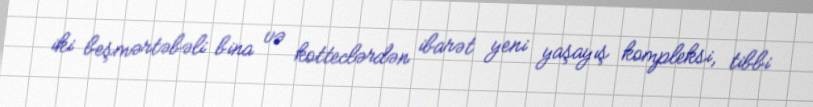
iki beşmərtəbəli bina və kotteclərdən ibarət yeni yaşayış kompleksi, tibbi